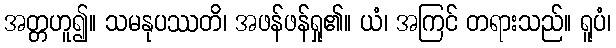
အတ္တဟူ၍။ သမနုပဿတိ၊ အဖန်ဖန်ရှု၏။ ယံ၊ အကြင် တရားသည်။ ရူပံ၊